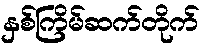
နှစ်ကြိမ်ဆက်တိုက်